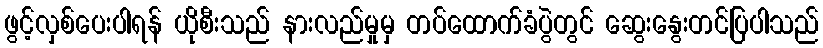
ဖွင့်လှစ်ပေးပါရန် ယိုစီးသည် နားလည်မှုမှ တပ်ထောက်ခံပွဲတွင် ဆွေးနွေးတင်ပြပါသည်